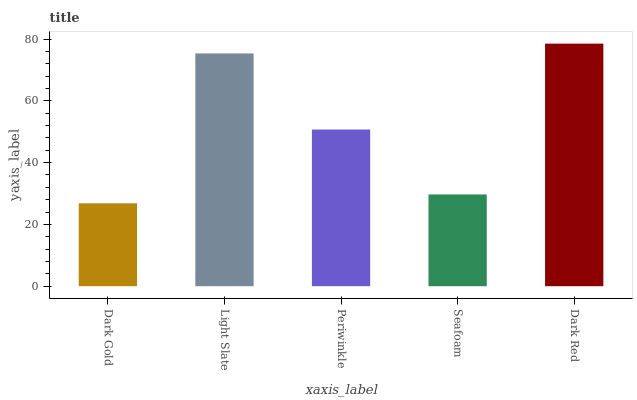
| xaxis_label | bars |
 | --- | --- |
 | Dark Gold | 26.8 |
 | Light Slate | 75.3 |
 | Periwinkle | 50.7 |
 | Seafoam | 29.7 |
 | Dark Red | 78.5 |